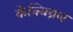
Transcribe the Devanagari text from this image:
केक्विब्रज